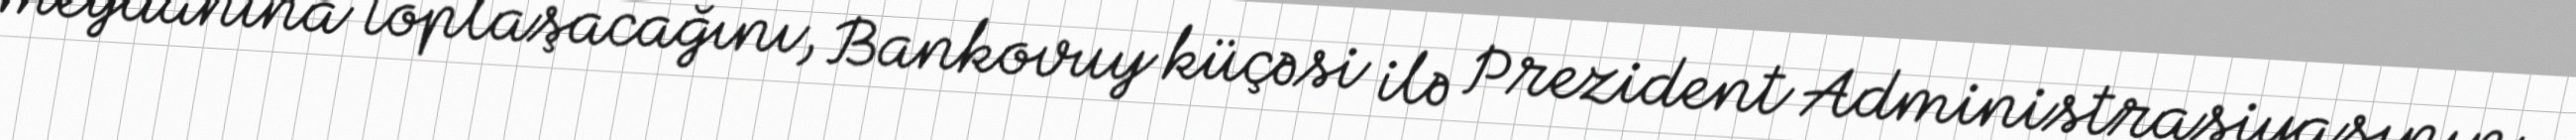
meydanına toplaşacağını, Bankovuy küçəsi ilə Prezident Administrasiyasının